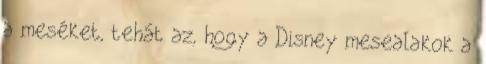
a meséket, tehát az, hogy a Disney mesealakok a